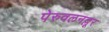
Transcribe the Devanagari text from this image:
पेरुवलनल्लूर